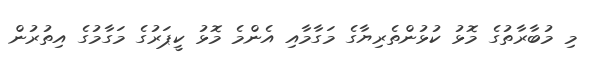
މި މުބާރާތުގެ މޮޅު ކުޅުންތެރިޔާގެ މަގާމާއި އެންމެ މޮޅު ކީޕަރުގެ މަގާމުގެ އިތުރުން